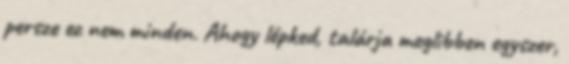
persze ez nem minden. Ahogy lépked, talárja meglibben egyszer,